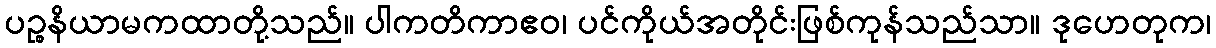
ပဉ္စနိယာမကထာတို့သည်။ ပါကတိကာဧဝ၊ ပင်ကိုယ်အတိုင်းဖြစ်ကုန်သည်သာ။ ဒုဟေတုက၊